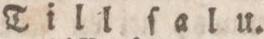
Till ſalu.